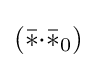
({\bar {*}}{\cdot }{\bar {*}}_{0})